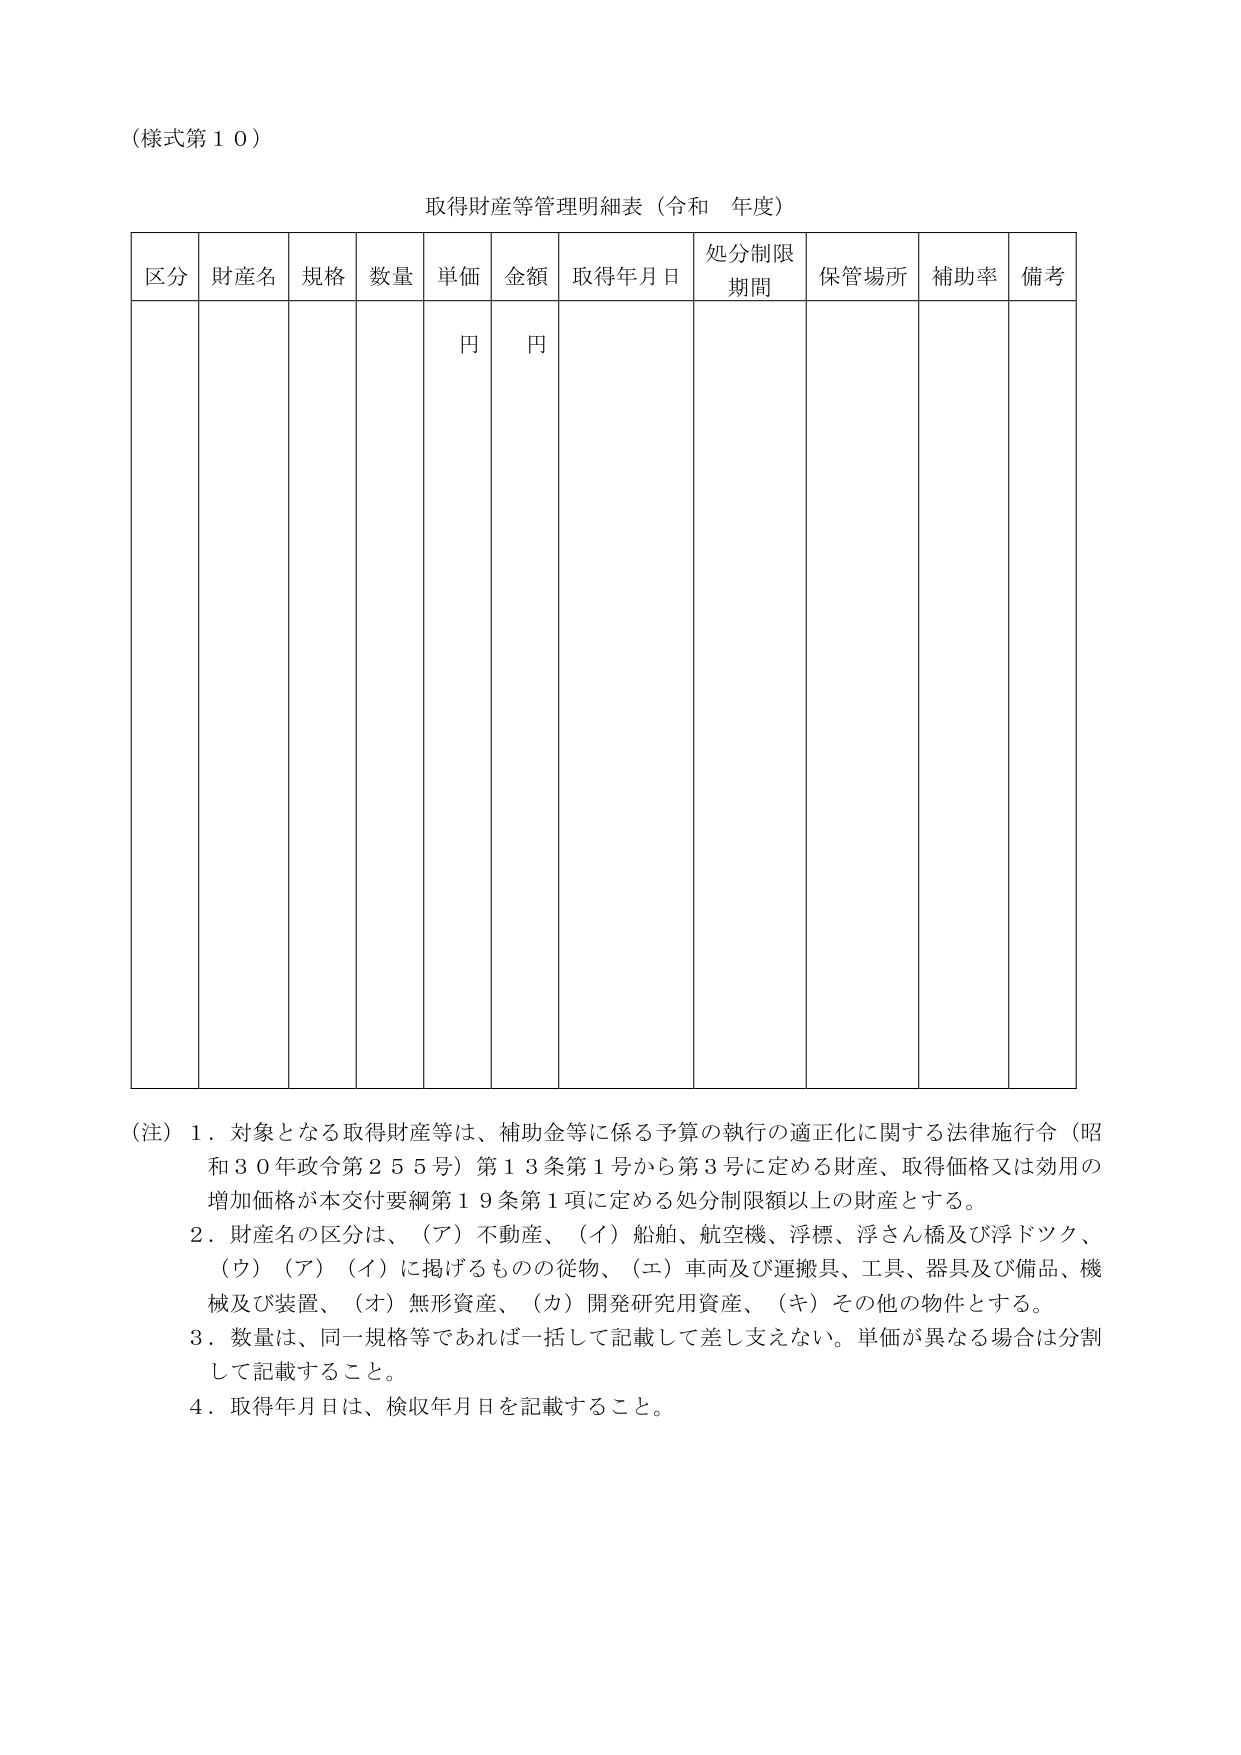
（様式第１０）

取得財産等管理明細表（令和 年度）

区分 財産名 規格 数量 単価 金額 取得年月日 処分制限期間 保管場所 補助率 備考
円 円

（注）１．対象となる取得財産等は、補助金等に係る予算の執行の適正化に関する法律施行令（昭和３０年政令第２５５号）第１３条第１号から第３号に定める財産、取得価格又は効用の増加価格が本交付要綱第１９条第１項に定める処分制限額以上の財産とする。
２．財産名の区分は、（ア）不動産、（イ）船舶、航空機、浮標、浮さん橋及び浮ドツク、（ウ）（ア）（イ）に掲げるものの従物、（エ）車両及び運搬具、工具、器具及び備品、機械及び装置、（オ）無形資産、（カ）開発研究用資産、（キ）その他の物件とする。
３．数量は、同一規格等であれば一括して記載して差し支えない。単価が異なる場合は分割して記載すること。
４．取得年月日は、検収年月日を記載すること。